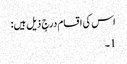
اس کی اقسام درجٍ ذیل ہیں:
1۔